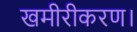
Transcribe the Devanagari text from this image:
खमीरीकरण।